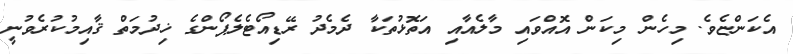
އެކަންޏެވެ. މިހެން މިކަން އޮއްވައި މާލެއާއި އަތޮޅުތަކާ ދެމެދު ރޭޑިއޯޓެލެޕޯންގެ ޚިދުމަތް ޤާއިމުކުރެވުނީ